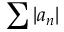
\sum | a _ { n } |